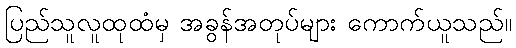
ပြည်သူလူထုထံမှ အခွန်အတုပ်များ ကောက်ယူသည်။